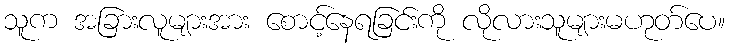
သူက အခြားလူများအား စောင့်နေရခြင်းကို လိုလားသူများမဟုတ်ပေ။